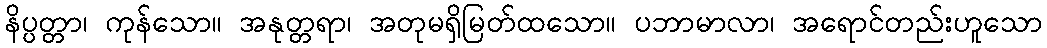
နိပ္ပတ္တာ၊ ကုန်သော။ အနုတ္တရာ၊ အတုမရှိမြတ်ထသော။ ပဘာမာလာ၊ အရောင်တည်းဟူသော